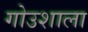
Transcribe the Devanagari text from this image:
गोउशाला